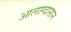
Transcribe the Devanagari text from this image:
आलाग्दासान